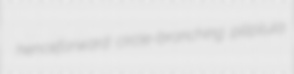
henceforward circle-branching pilipilula